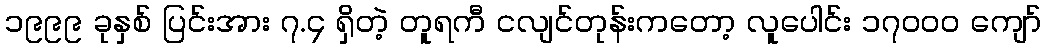
၁၉၉၉ ခုနှစ် ပြင်းအား ၇.၄ ရှိတဲ့ တူရကီ ငလျင်တုန်းကတော့ လူပေါင်း ၁၇၀၀၀ ကျော်